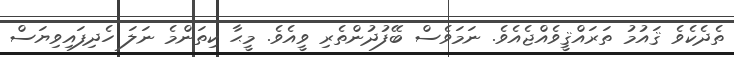
ތެދެކެވެ ޤައުމު ތަރައްޤީވެއްޖެއެވެ. ނަމަވެސް ބޭފުދުންތެރި ވީއެވެ. މީޙާ ކިތަންމެ ނަލަ ހެދިފައިވިޔަސް